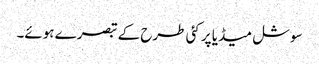
سوشل میڈیا پر کئی طرح کے تبصرے ہوئے۔